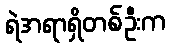
ရဲအရာရှိတစ်ဦးက